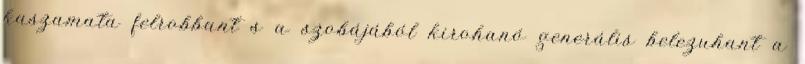
kaszamata felrobbant s a szobájából kirohanó generális belezuhant a